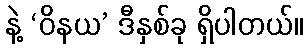
နဲ့ ‘ဝိနယ’ ဒီနှစ်ခု ရှိပါတယ်။